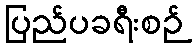
ပြည်ပခရီးစဉ်